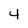
Character: 4